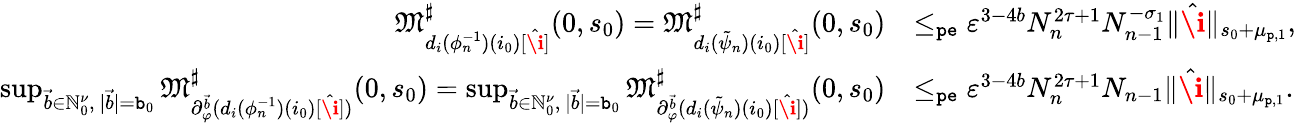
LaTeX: \begin{array}{rl}{\mathfrak{M}_{d_{i}(\phi_{n}^{-1})(i_{0})[\hat{\textbf{\i}}]}^{\sharp}(0,s_{0})=\mathfrak{M}_{d_{i}(\tilde{\psi}_{n})(i_{0})[\hat{\textbf{\i}}]}^{\sharp}(0,s_{0})}&{\le_{\mathtt{pe}}\varepsilon^{3-4b}N_{n}^{2\tau+1}N_{n-1}^{-\sigma_{1}}\rVert\hat{\textbf{\i}}\rVert_{s_{0}+\mu_{\mathtt{p},1}},}\\ {\operatorname*{sup}_{\vec{b}\in\mathbb{N}_{0}^{\nu},\ |\vec{b}|=\mathtt{b}_{0}}\mathfrak{M}_{\partial_{\varphi}^{\vec{b}}(d_{i}(\phi_{n}^{-1})(i_{0})[\hat{\textbf{\i}}])}^{\sharp}(0,s_{0})=\operatorname*{sup}_{\vec{b}\in\mathbb{N}_{0}^{\nu},\ |\vec{b}|=\mathtt{b}_{0}}\mathfrak{M}_{\partial_{\varphi}^{\vec{b}}(d_{i}(\tilde{\psi}_{n})(i_{0})[\hat{\textbf{\i}}])}^{\sharp}(0,s_{0})}&{\le_{\mathtt{pe}}\varepsilon^{3-4b}N_{n}^{2\tau+1}N_{n-1}\rVert\hat{\textbf{\i}}\rVert_{s_{0}+\mu_{\mathtt{p},1}}.}\end{array}